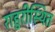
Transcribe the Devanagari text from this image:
राहुरीस्थित